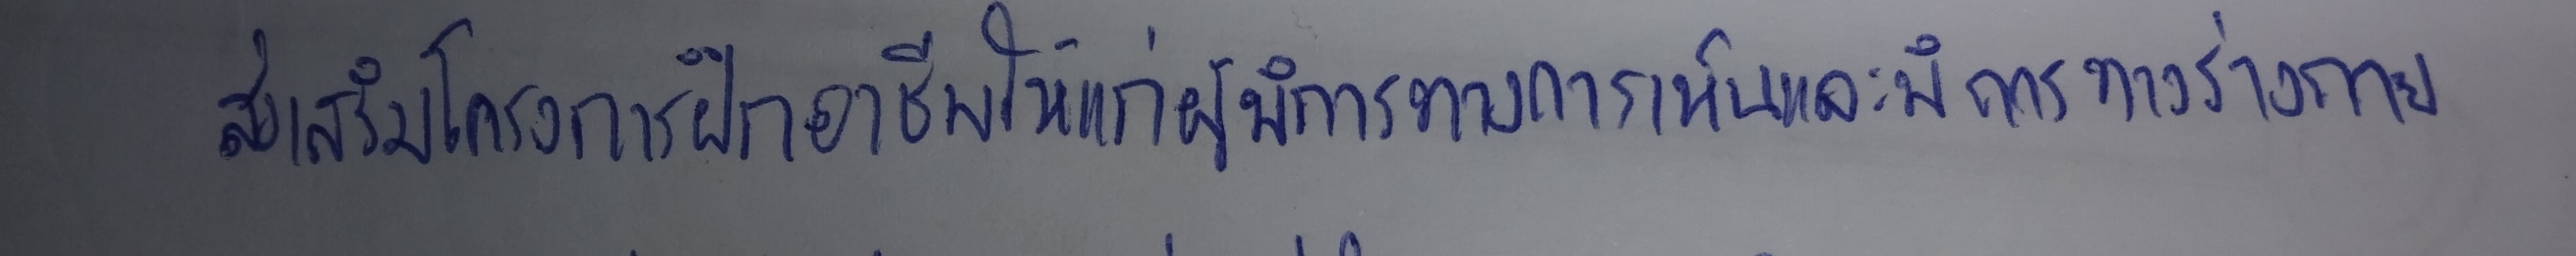
ส่งเสริมโครงการฝึกอาชีพให้แก่ผู้พิการทางการเห็นและพิการทางร่างกาย